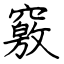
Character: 竅